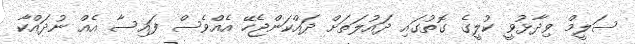
ސަލީމް ވިދާޅުވީ ކުލީގެ ގޮތުގައި ދައުލަތަށް ދައްކަންޖެހޭ އެއްވެސް ފައިސާ އެއް ނުދައްކާ